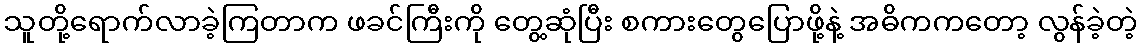
သူတို့ရောက်လာခဲ့ကြတာက ဖခင်ကြီးကို တွေ့ဆုံပြီး စကားတွေပြောဖို့နဲ့ အဓိကကတော့ လွန်ခဲ့တဲ့